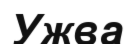
Ужва